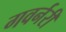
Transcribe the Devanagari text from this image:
गवर्नरी